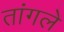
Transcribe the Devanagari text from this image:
तांगले